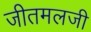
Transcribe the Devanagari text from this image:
जीतमलजी